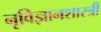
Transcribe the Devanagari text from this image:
नृविज्ञानशास्त्री